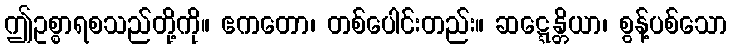
ဤဥစ္စာရစသည်တို့ကို။ ဧကတော၊ တစ်ပေါင်းတည်း။ ဆဋ္ဋေန္တိယာ၊ စွန့်ပစ်သော